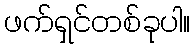
ဖက်ရှင်တစ်ခုပါ။